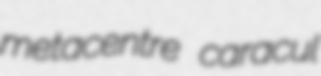
metacentre caracul